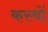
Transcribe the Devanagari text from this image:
कस्‍बों